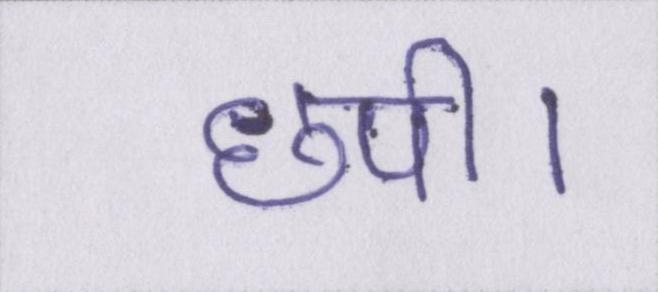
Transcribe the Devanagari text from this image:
छपी।